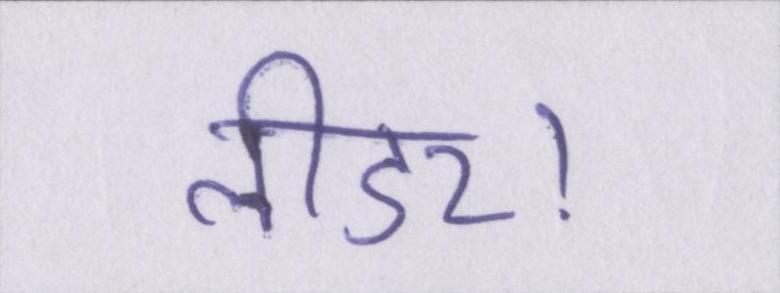
लीडर।